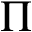
\Pi